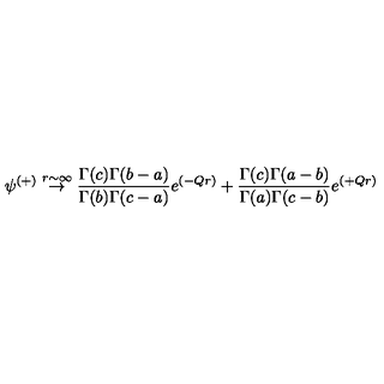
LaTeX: \psi ^ { ( + ) } \stackrel { r \sim \infty } { \rightarrow } { \frac { \Gamma ( c ) \Gamma ( b - a ) } { \Gamma ( b ) \Gamma ( c - a ) } } e ^ { ( - Q r ) } + { \frac { \Gamma ( c ) \Gamma ( a - b ) } { \Gamma ( a ) \Gamma ( c - b ) } } e ^ { ( + Q r ) }